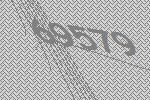
69579